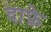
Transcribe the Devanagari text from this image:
दाफ़े